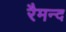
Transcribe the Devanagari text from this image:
रैमन्द